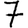
Digit: 7